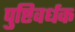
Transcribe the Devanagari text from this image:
पुष्टिवर्धक